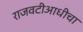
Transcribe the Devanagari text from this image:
राजवटीआधीचा